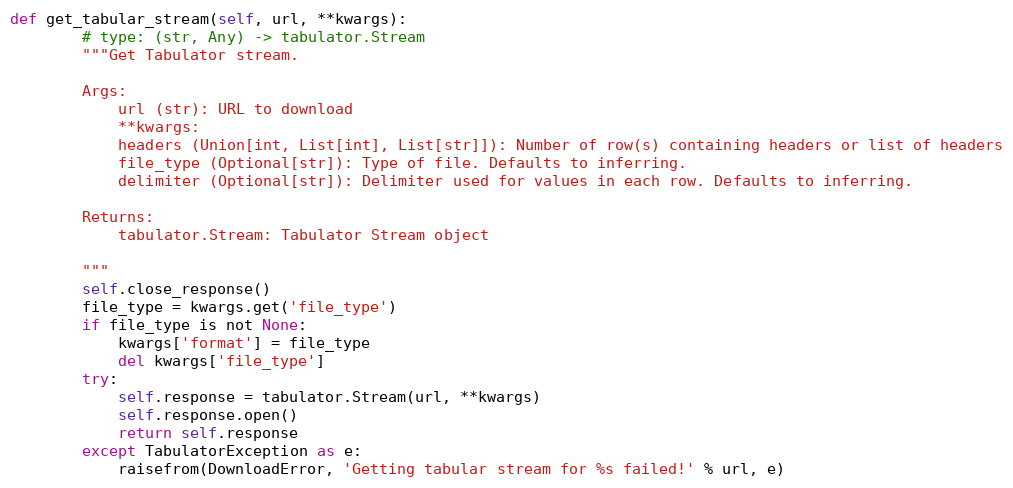
Language: Python
def get_tabular_stream(self, url, **kwargs):
        # type: (str, Any) -> tabulator.Stream
        """Get Tabulator stream.

        Args:
            url (str): URL to download
            **kwargs:
            headers (Union[int, List[int], List[str]]): Number of row(s) containing headers or list of headers
            file_type (Optional[str]): Type of file. Defaults to inferring.
            delimiter (Optional[str]): Delimiter used for values in each row. Defaults to inferring.

        Returns:
            tabulator.Stream: Tabulator Stream object

        """
        self.close_response()
        file_type = kwargs.get('file_type')
        if file_type is not None:
            kwargs['format'] = file_type
            del kwargs['file_type']
        try:
            self.response = tabulator.Stream(url, **kwargs)
            self.response.open()
            return self.response
        except TabulatorException as e:
            raisefrom(DownloadError, 'Getting tabular stream for %s failed!' % url, e)